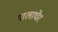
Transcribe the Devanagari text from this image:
गालाघेर